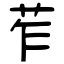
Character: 苲